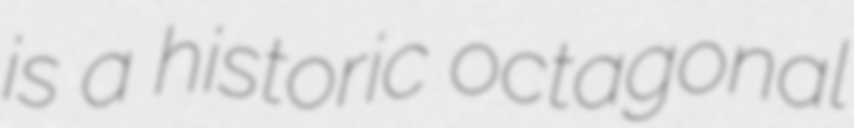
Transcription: is a historic octagonal